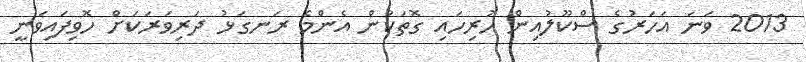
2013 ވަނަ އަހަރުގެ ސްކޫލުއިން ހުރިހައި ގޮތަކުން އެންމެ ރަނގަޅު ދަރިވަރަކަށް ހޮވިފައިވަނީ